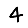
Digit: 4